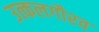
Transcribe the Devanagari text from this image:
उत्कलगौरव